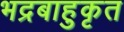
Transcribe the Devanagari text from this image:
भद्रबाहुकृत